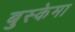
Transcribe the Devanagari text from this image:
बुस्केमा